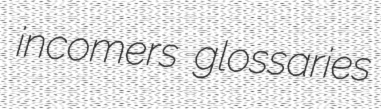
incomers glossaries